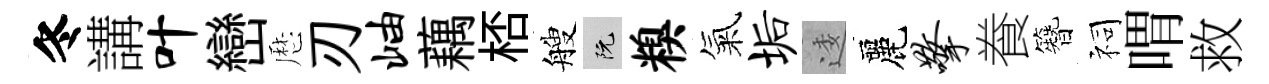
冬講叶巒厯刃岫藕桮艘阮糗氣垢逶麗擎飬簪祠喟救